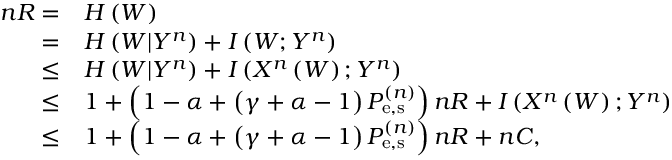
\begin{array} { r l } { n R = } & { H \left( W \right) } \\ { = } & { H \left( { W | { Y ^ { n } } } \right) + I \left( { W ; { Y ^ { n } } } \right) } \\ { \leq } & { H \left( { W | { Y ^ { n } } } \right) + I \left( { { X ^ { n } } \left( W \right) ; { Y ^ { n } } } \right) } \\ { \leq } & { 1 + \left( { 1 - \alpha + \left( { \gamma + \alpha - 1 } \right) P _ { { \mathrm { e , s } } } ^ { \left( n \right) } } \right) n R + I \left( { { X ^ { n } } \left( W \right) ; { Y ^ { n } } } \right) } \\ { \leq } & { 1 + \left( { 1 - \alpha + \left( { \gamma + \alpha - 1 } \right) P _ { { \mathrm { e , s } } } ^ { \left( n \right) } } \right) n R + n { C } , } \end{array}